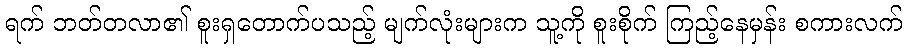
ရက် ဘတ်တလာ၏ စူးရှတောက်ပသည့် မျက်လုံးများက သူ့ကို စူးစိုက် ကြည့်နေမှန်း စကားလက်